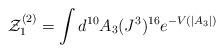
\begin{align*}{\cal Z}^{(2)}_1 = \int d^{10} A_3 (J^3)^{16} e^{-V(|A_3|)}\end{align*}